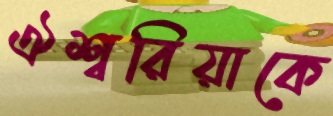
ঐশ্বরিয়াকে